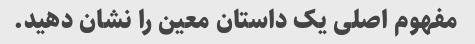
مفهوم اصلی یک داستان معین را نشان دهید.